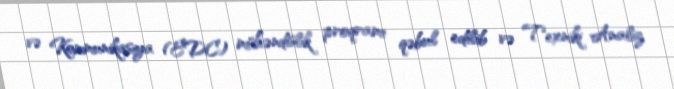
və Kommunikasiya (EDC) mühəndislik proqramı qəbul edilib və Texniki Analiz